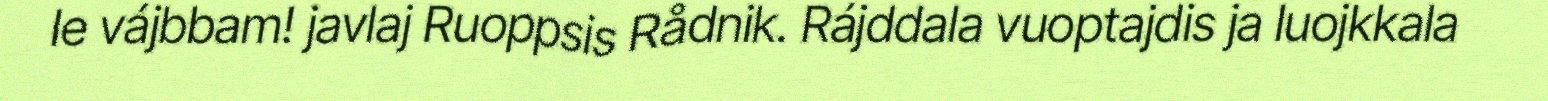
le vájbbam! javlaj Ruoppsis Rådnik. Rájddala vuoptajdis ja luojkkala